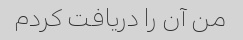
من آن را دریافت کردم